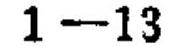
$1 - 13$